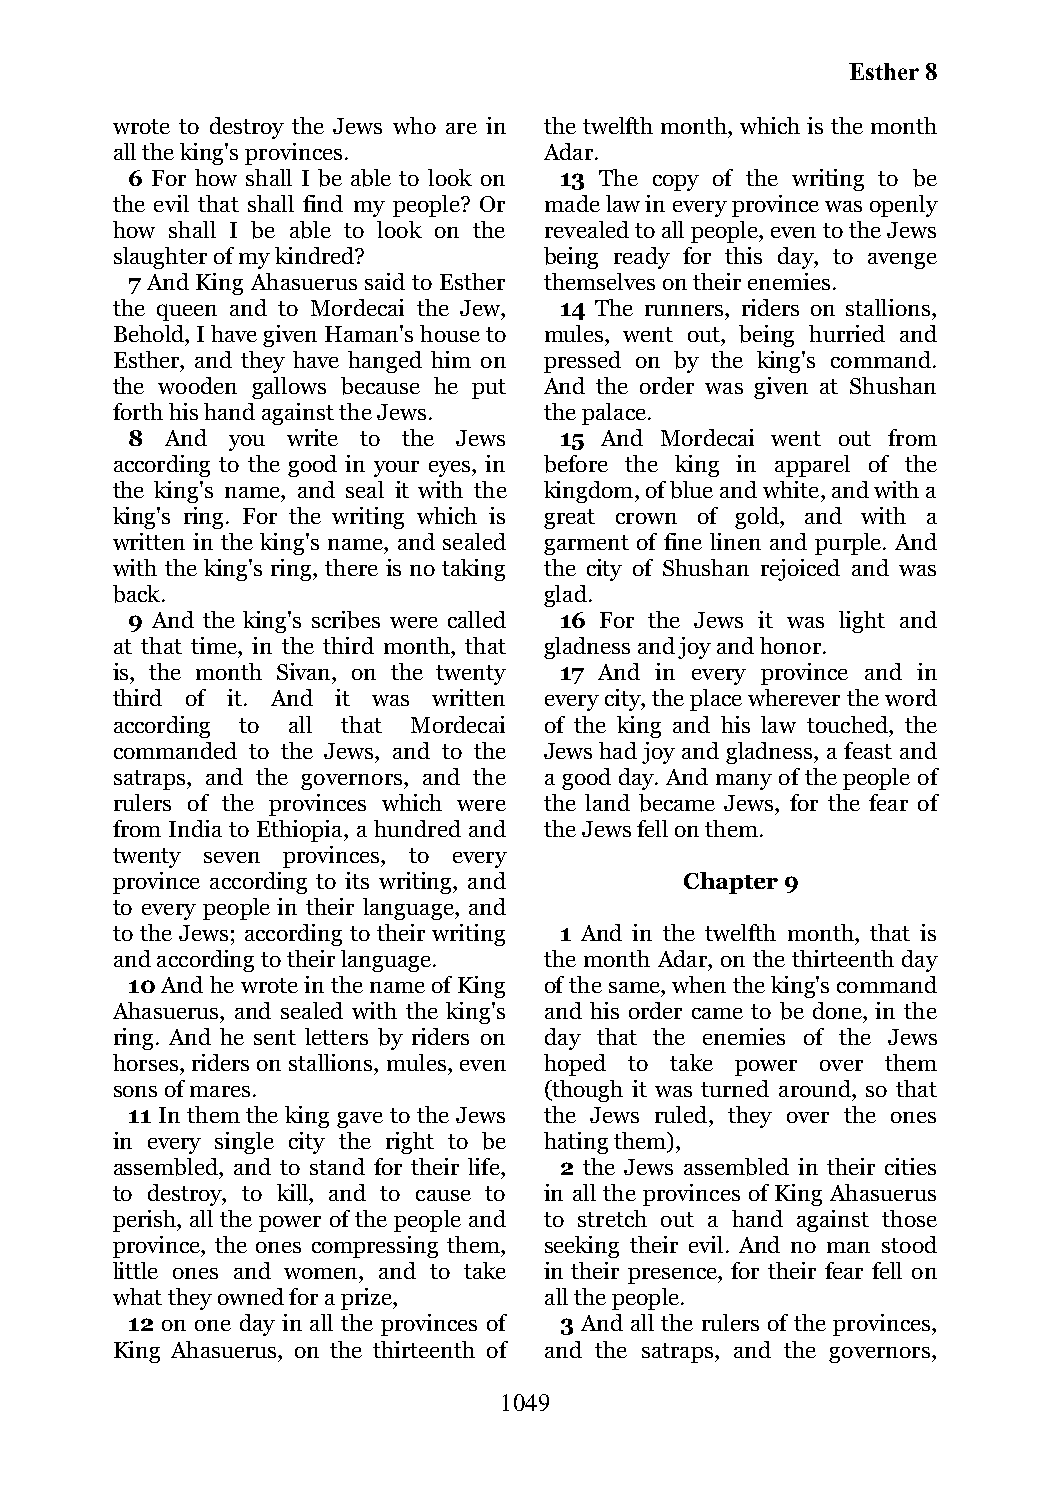
Esther 8
 wrote to destroy the Jews who are in the twelfth month, which is the month
 all the king's provinces.    Adar.
 6 For how shall I be able to look on 13 The copy of the writing to be
 the evil that shall find my people? Or made law in every province was openly
 how shall I be able to look on the revealed to all people, even to the Jews
 slaughter of my kindred?     being ready for this day, to avenge
 7 And King Ahasuerus said to Esther themselves on their enemies.
 the queen and to Mordecai the Jew, 14 The runners, riders on stallions,
 Behold, I have given Haman's house to mules, went out, being hurried and
 Esther, and they have hanged him on pressed on by the king's command.
 the wooden gallows because he put And the order was given at Shushan
 forth his hand against the Jews. the palace.
 8  And you write to the Jews 15 And Mordecai went out from
 according to the good in your eyes, in before the king in apparel of the
 the king's name, and seal it with the kingdom, of blue and white, and with a
 king's ring. For the writing which is great crown of gold, and with a
 written in the king's name, and sealed garment of fine linen and purple. And
 with the king's ring, there is no taking the city of Shushan rejoiced and was
 back.                        glad.
 9 And the king's scribes were called 16 For the Jews it was light and
 at that time, in the third month, that gladness and joy and honor.
 is, the month Sivan, on the twenty 17 And in every province and in
 third of it. And it was written every city, the place wherever the word
 according to all that Mordecai of the king and his law touched, the
 commanded to the Jews, and to the Jews had joy and gladness, a feast and
 satraps, and the governors, and the a good day. And many of the people of
 rulers of the provinces which were the land became Jews, for the fear of
 from India to Ethiopia, a hundred and the Jews fell on them.
 twenty seven provinces, to every
 province according to its writing, and Chapter 9
 to every people in their language, and
 to the Jews; according to their writing 1 And in the twelfth month, that is
 and according to their language. the month Adar, on the thirteenth day
 10 And he wrote in the name of King of the same, when the king's command
 Ahasuerus, and sealed with the king's and his order came to be done, in the
 ring. And he sent letters by riders on day that the enemies of the Jews
 horses, riders on stallions, mules, even hoped to take power over them
 sons of mares.               (though it was turned around, so that
 11 In them the king gave to the Jews the Jews ruled, they over the ones
 in every single city the right to be hating them),
 assembled, and to stand for their life, 2 the Jews assembled in their cities
 to destroy, to kill, and to cause to in all the provinces of King Ahasuerus
 perish, all the power of the people and to stretch out a hand against those
 province, the ones compressing them, seeking their evil. And no man stood
 little ones and women, and to take in their presence, for their fear fell on
 what they owned for a prize, all the people.
 12 on one day in all the provinces of 3 And all the rulers of the provinces,
 King Ahasuerus, on the thirteenth of and the satraps, and the governors,
 1049